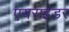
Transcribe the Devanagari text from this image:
एयराइडर